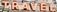
TRAVEL